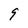
Character: 9